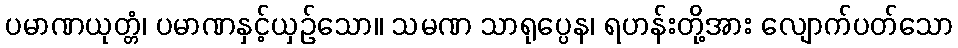
ပမာဏယုတ္တံ၊ ပမာဏနှင့်ယှဉ်သော။ သမဏ သာရုပ္ပေန၊ ရဟန်းတို့အား လျောက်ပတ်သော